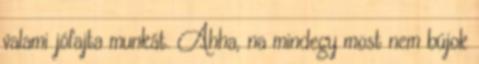
valami jófajta munkát. Ahha, na mindegy most nem bújok